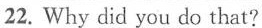
22.Why did you do that?